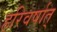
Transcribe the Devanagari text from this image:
हरिवर्षात्